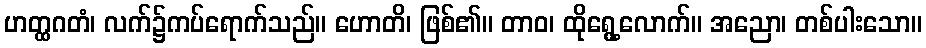
ဟတ္ထဂတံ၊ လက်၌ကပ်ရောက်သည်။ ဟောတိ၊ ဖြစ်၏။ တာဝ၊ ထိုရွေ့လောက်။ အညော၊ တစ်ပါးသော။